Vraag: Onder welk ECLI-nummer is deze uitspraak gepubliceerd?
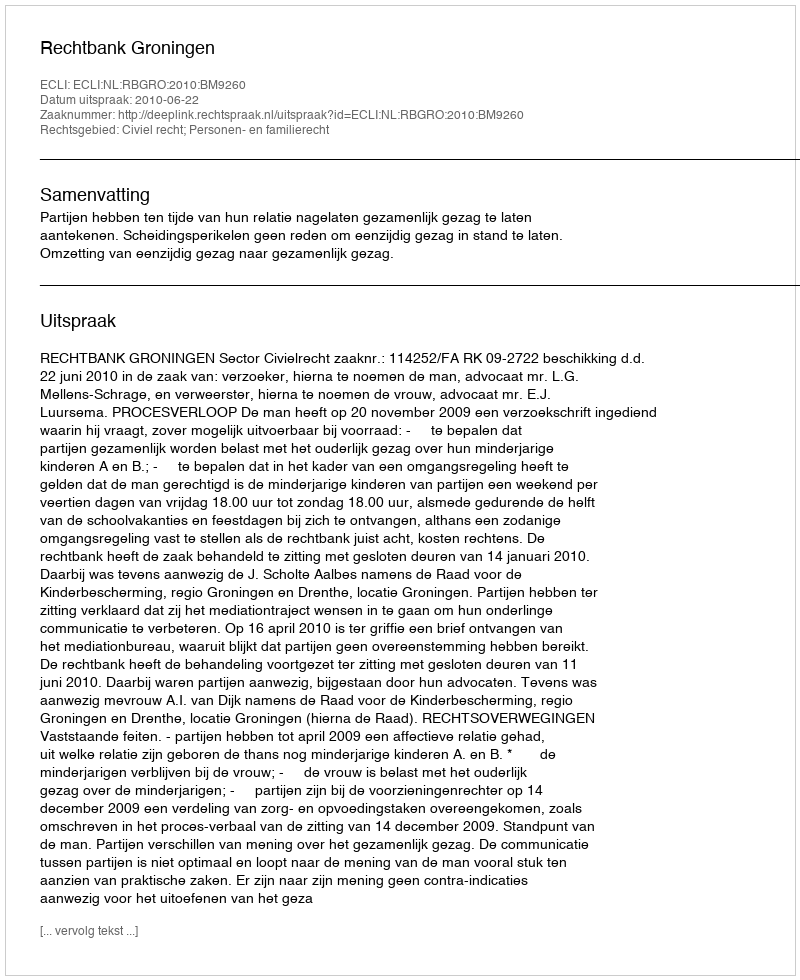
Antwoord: ECLI:NL:RBGRO:2010:BM9260